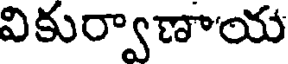
వికుర్వాణాయ